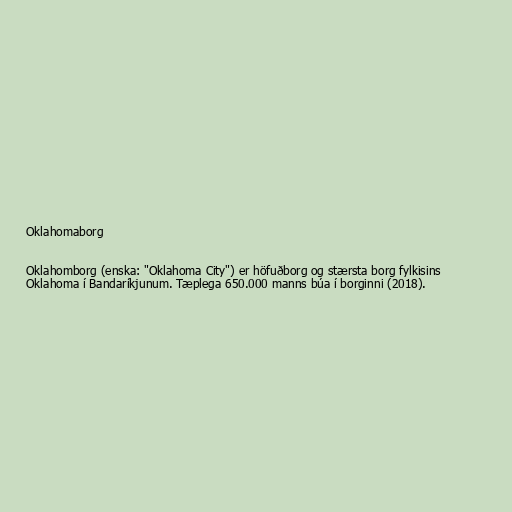
Oklahomaborg

Oklahomborg (enska: "Oklahoma City") er höfuðborg og stærsta borg fylkisins
Oklahoma í Bandaríkjunum. Tæplega 650.000 manns búa í borginni (2018).